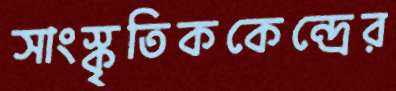
সাংস্কৃতিককেন্দ্রের